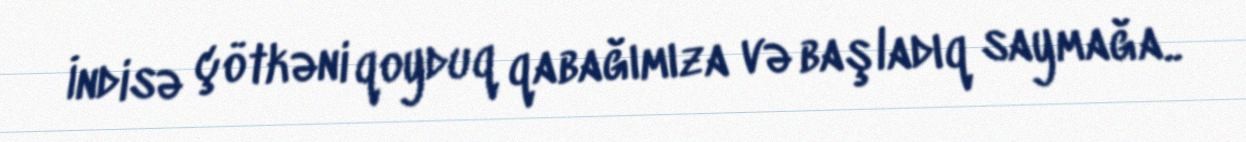
İndisə çötkəni qoyduq qabağımıza və başladıq saymağa..